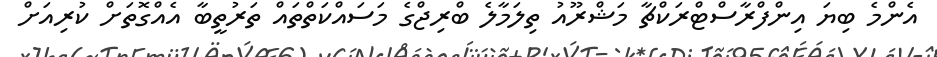
އެންމެ ބިޔަ އިންފްރާސްޓްރަކްޗާ މަޝްރޫއު ތިލަމާލެ ބްރިޖްގެ މަސައްކަތްތައް ތަރުތީބާ އެއްގޮތަށް ކުރިއަށް